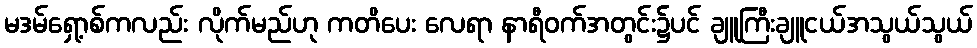
မဒမ်ရှော့စ်ကလည်း လိုက်မည်ဟု ကတိပေး လေရာ နာရီဝက်အတွင်း၌ပင် ချူကြီးချူငယ်အသွယ်သွယ်